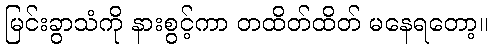
မြင်းခွာသံကို နားစွင့်ကာ တထိတ်ထိတ် မနေရတော့။